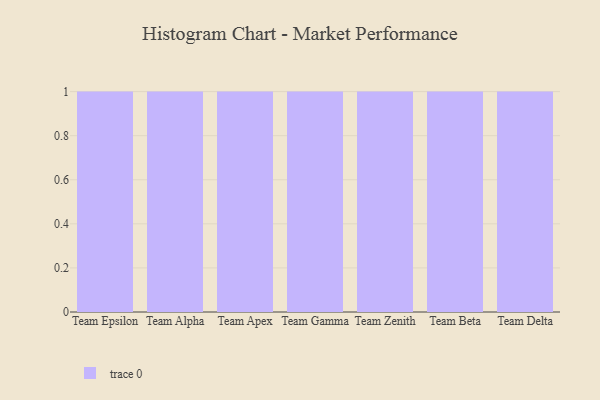
{"axis": {"x": "Team", "y": "Churn Rate (%)"}, "legend": [""], "data": [{"x": "Team Epsilon", "y": 61, "type": ""}, {"x": "Team Alpha", "y": 56, "type": ""}, {"x": "Team Apex", "y": 17, "type": ""}, {"x": "Team Gamma", "y": 38, "type": ""}, {"x": "Team Zenith", "y": 11, "type": ""}, {"x": "Team Beta", "y": 22, "type": ""}, {"x": "Team Delta", "y": 27, "type": ""}]}